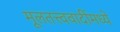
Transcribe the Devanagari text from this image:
मूलतत्त्ववादींमध्ये